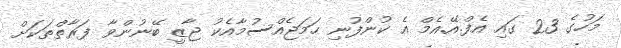
މަހުގެ 23 ގައި އެފް.އޭ.އެމް އެ ކުންފުނި ހަމަޖެއްސުމާއެކު ޖާޒީ ބޭނުންވާ ފަރާތްތަކަށް